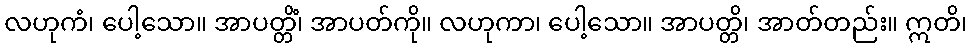
လဟုကံ၊ ပေါ့သော။ အာပတ္တိံ၊ အာပတ်ကို။ လဟုကာ၊ ပေါ့သော။ အာပတ္တိ၊ အာတ်တည်း။ ဣတိ၊